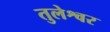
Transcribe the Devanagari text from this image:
तुलेश्वर